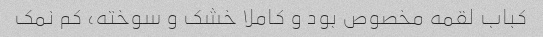
کباب لقمه مخصوص بود و کاملا خشک و سوخته، کم نمک